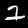
Label: 2